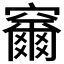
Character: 𮄞